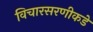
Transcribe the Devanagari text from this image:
विचारसरणीकडे